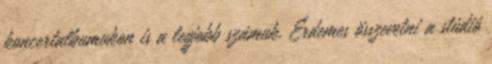
koncertalbumukon is a legjobb számuk. Érdemes összevetni a stúdió